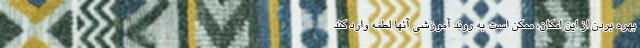
بهره بردن از این امکان، ممکن است به روند آموزشی آنها لطمه وارد کند